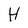
Character: H